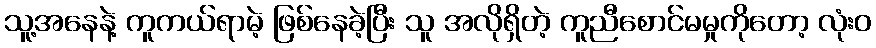
သူ့အနေနဲ့ ကူကယ်ရာမဲ့ ဖြစ်နေခဲ့ပြီး သူ အလိုရှိတဲ့ ကူညီစောင်မမှုကိုတော့ လုံးဝ